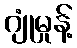
ဂျုံမှုန့်